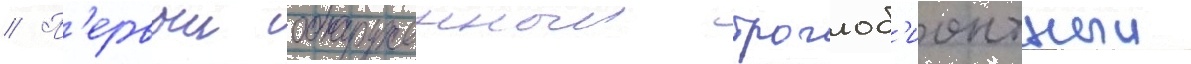
// П'ервыи обнаруженныи троглоб'ионтныи